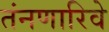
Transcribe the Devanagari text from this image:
तंनणारिवे